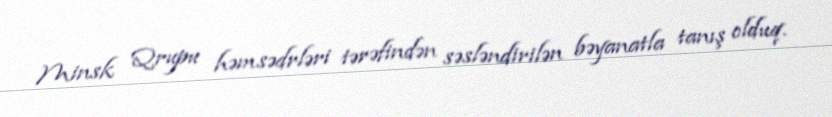
Minsk Qrupu həmsədrləri tərəfindən səsləndirilən bəyanatla tanış olduq.